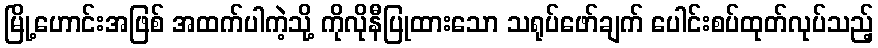
မြို့ဟောင်းအဖြစ် အထက်ပါကဲ့သို့ ကိုလိုနီပြုထားသော သရုပ်ဖော်ချက် ပေါင်းစပ်ထုတ်လုပ်သည့်